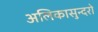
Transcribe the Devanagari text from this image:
अलिकासुन्दरो